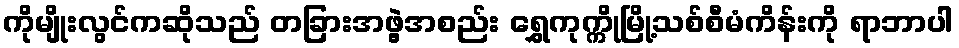
ကိုမျိုးလွင်ကဆိုသည် တခြားအဖွဲ့အစည်း ရွှေကုက္ကိုမြို့သစ်စီမံကိန်းကို ရာဘာပါ